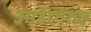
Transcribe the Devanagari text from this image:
आईएफ़ए